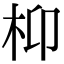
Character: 枊